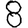
Digit: 8